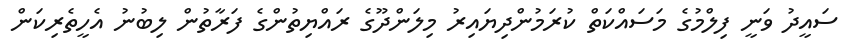
ސައީދު ވަނީ ފިލްމުގެ މަސައްކަތް ކުރަމުންދިޔައިރު މިލަންދޫގެ ރައްޔިތުންގެ ފަރާތުން ލިބުނު އެހީތެރިކަން